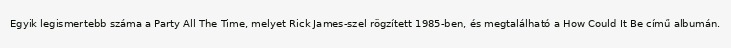
Egyik legismertebb száma a Party All The Time, melyet Rick James-szel rögzített 1985-ben, és megtalálható a How Could It Be című albumán.